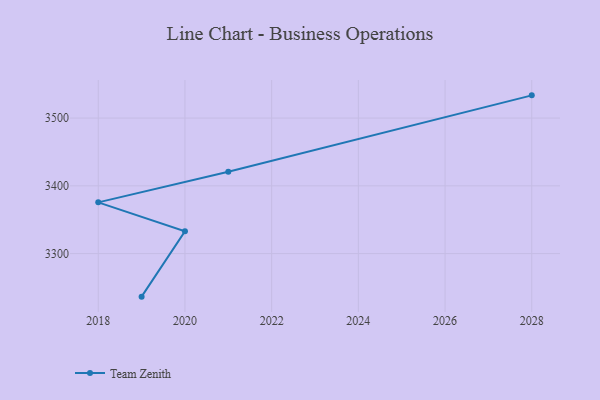
{"axis": {"x": "Year", "y": "Energy Usage (MWh)"}, "legend": ["Team Zenith"], "data": [{"x": "2019", "y": 3236.5, "type": "Team Zenith"}, {"x": "2020", "y": 3332.9, "type": "Team Zenith"}, {"x": "2018", "y": 3375.6, "type": "Team Zenith"}, {"x": "2021", "y": 3420.7, "type": "Team Zenith"}, {"x": "2028", "y": 3533.5, "type": "Team Zenith"}]}